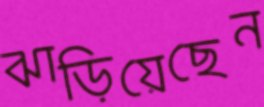
ঝাড়িয়েছেন